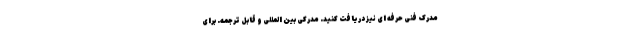
مدرک فنی حرفه ای نیز دریافت کنید. مدرکی بین المللی و قابل ترجمه. برای